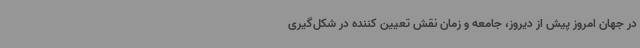
در جهان امروز پیش از دیروز، جامعه و زمان نقش تعیین کننده در شکل‌گیری